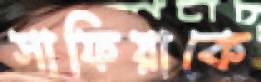
সাফিয়াকে